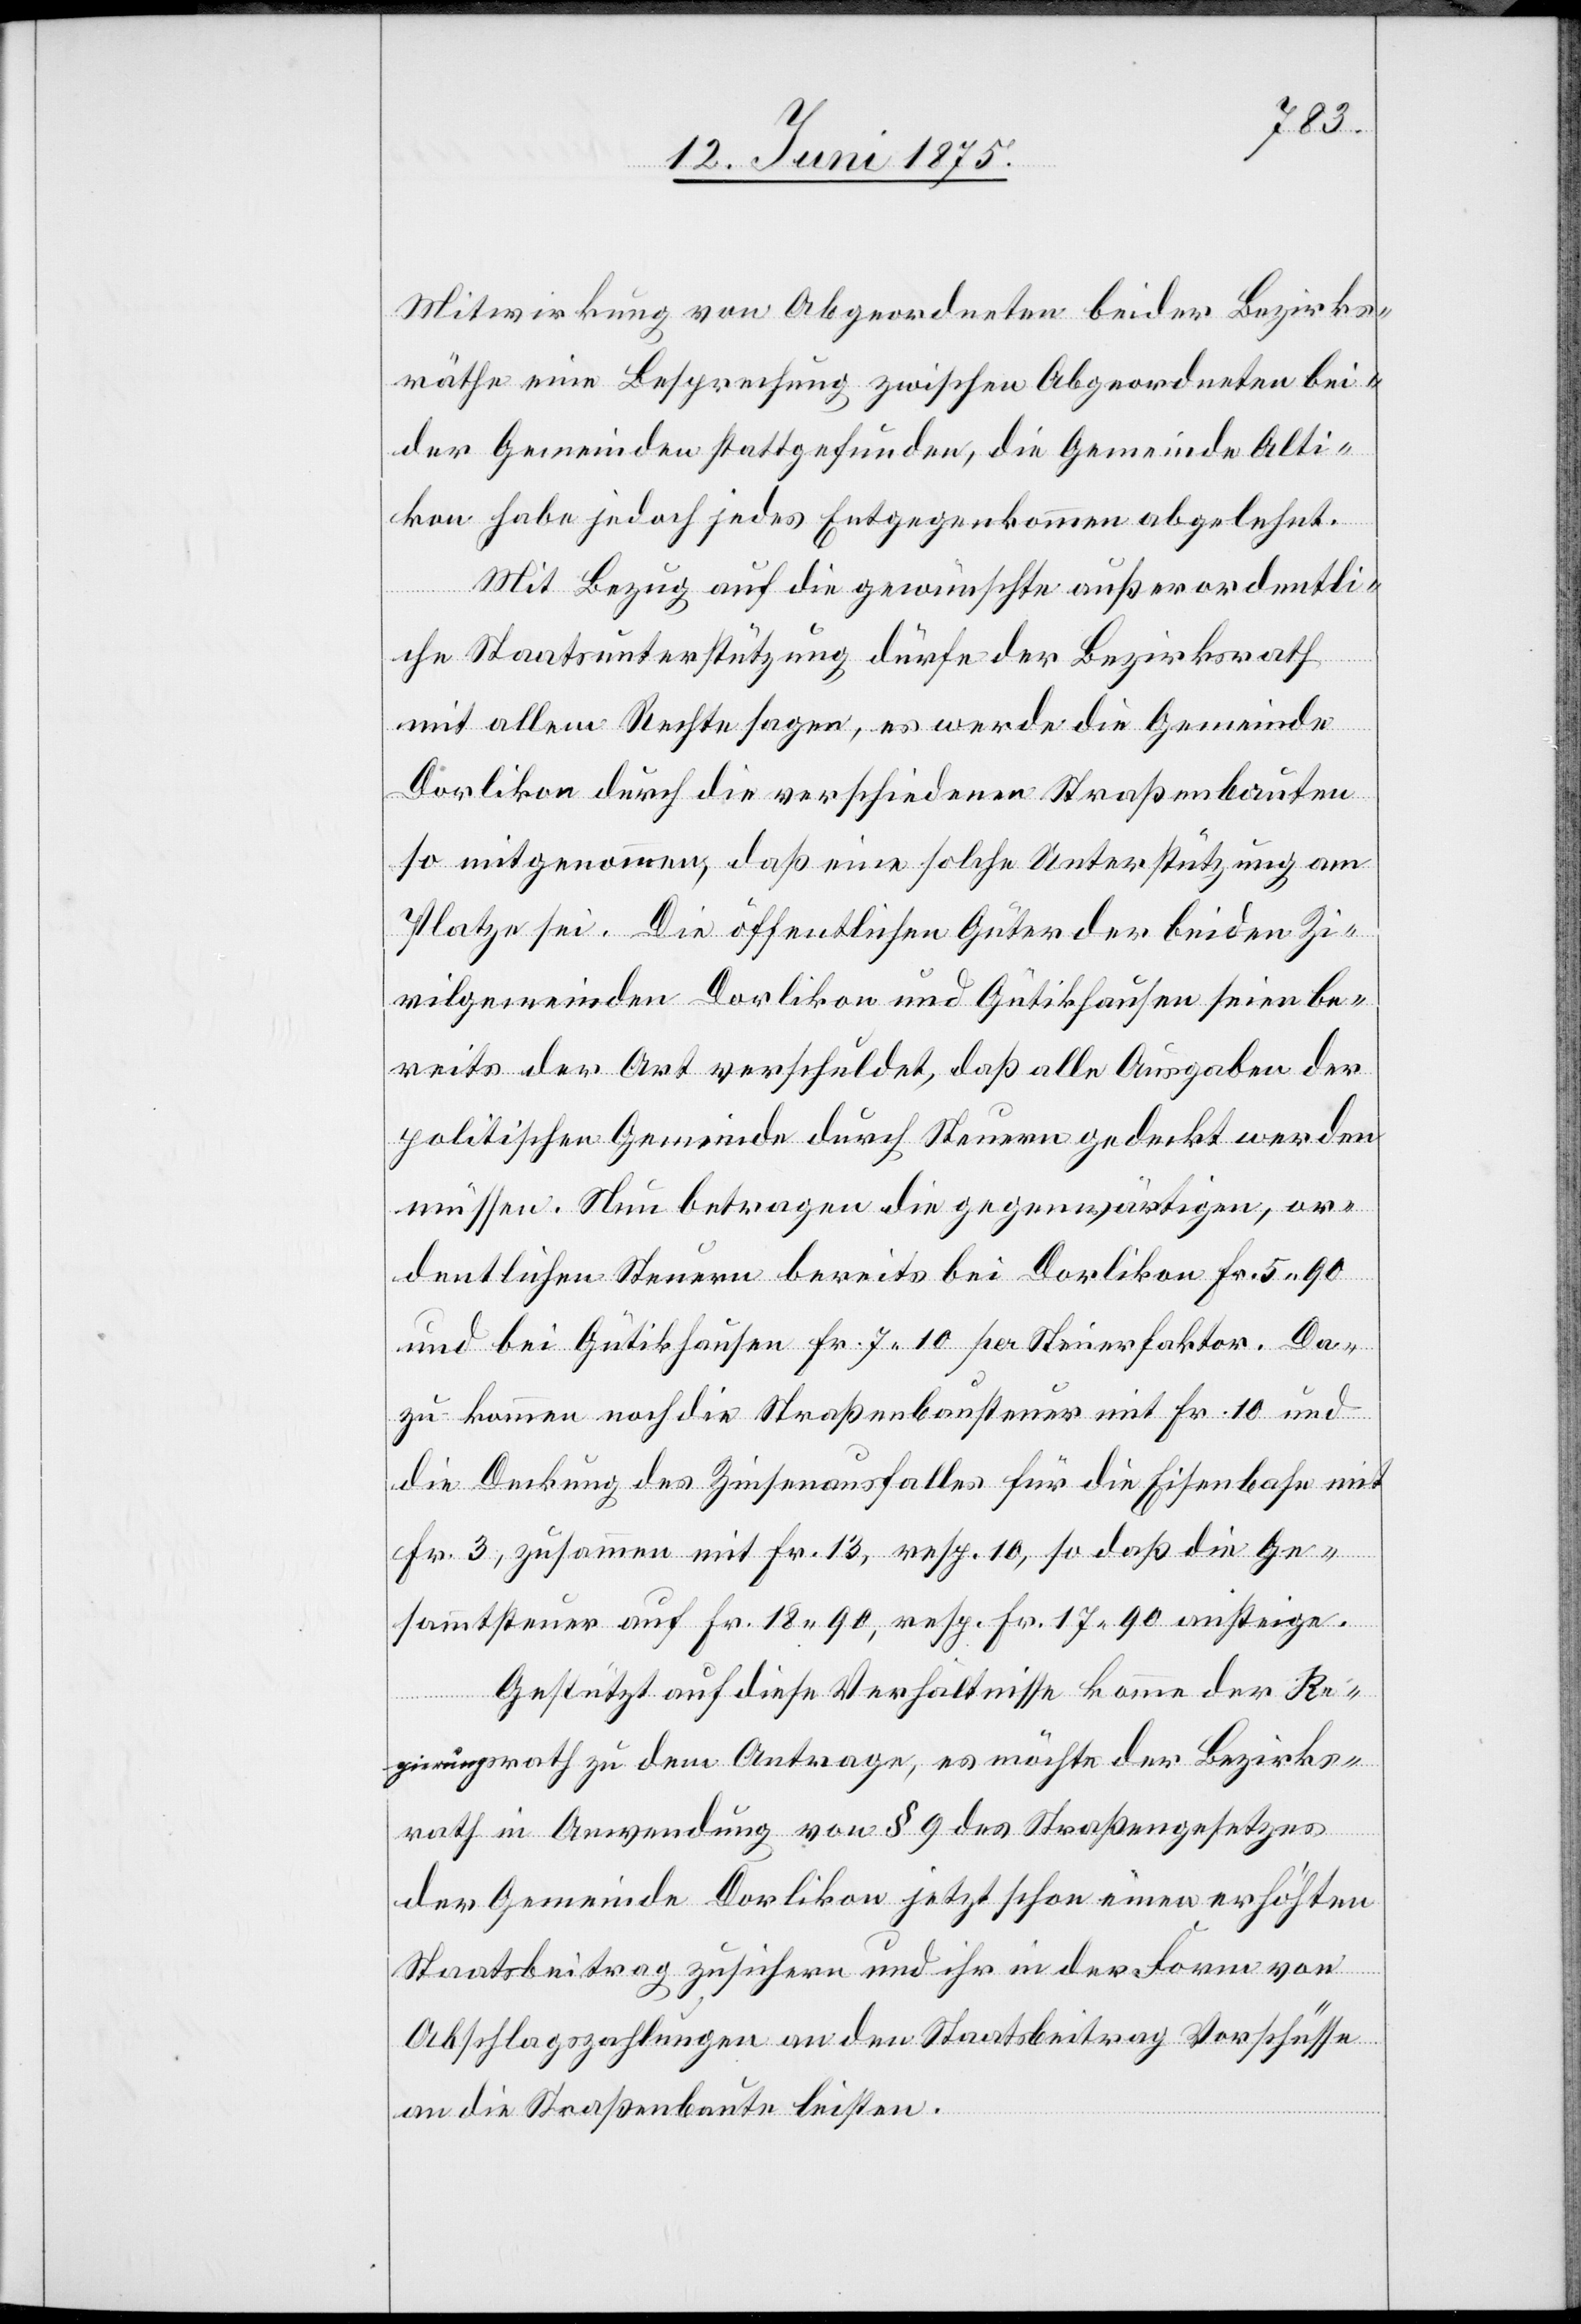
Mitwirkung von Abgeordneten beider Bezirks¬
räthe eine Besprechung zwischen Abgeordneten bei¬
der Gemeinden stattgefunden, die Gemeinde Alti¬
kon habe jedoch jedes Entgegenkommen abgelehnt.
Mit Bezug auf die gewünschte außerordentli¬
che Staatsuntersuchung dürfe der Bezirksrath
mit allem Rechte sagen, es werde die Gemeinde
Dorlikon durch die verschiedenen Straßenbauten
so mitgenommen, daß eine solche Unterstützung am
Platze sei. Die öffentlichen Güter der beiden Zi¬
vilgemeinden Dorlikon und Gütikhausen seien be¬
reits der Art verschuldet, daß alle Ausgaben der
politischen Gemeinde durch Steuern gedeckt werden
müssen. Neu betragen die gegenwärtigen, or¬
dentlichen Steuern bereits bei Dorlikon Fr. 5 90
und bei Gütikhausen Fr. 7 10 per Steuerfaktor. Da¬
zu kommen noch die Straßenbausteuer mit Fr. 10 und
die Deckung des Zinsenausfalles für die Eisenbahn mit
Fr. 3, zusammen mit Fr. 13, resp. 10, so daß die Ge¬
sammtsteuer auf Fr. 18 90, resp. Fr. 17 90 ansteige.
Gestützt auf diese Verhältnisse komme der Re¬
gierungsrath zu dem Antrage, es möchte der Bezirks¬
rath in Anwendung von § 9 des Straßengesetzes
der Gemeinde Dorlikon jetzt schon einen erhöhten
Staatsbeitrag zusichern und ihr in der Form von
Abschlagszahlungen an den Staatsbeitrag Vorschüsse
an die Straßenbaute leisten.